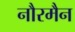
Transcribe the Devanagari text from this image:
नौरमैन